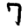
Digit: 7